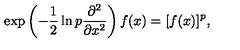
\exp \left( - \frac { 1 } { 2 } \ln p \frac { \partial ^ { 2 } } { \partial x ^ { 2 } } \right) f ( x ) = [ f ( x ) ] ^ { p } ,